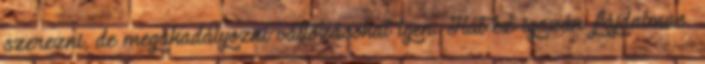
szerezni, de megakadályozni változásokat igen. Hát ez igazán fájdalmas.